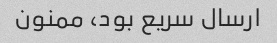
ارسال سریع بود، ممنون